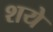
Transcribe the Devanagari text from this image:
शये